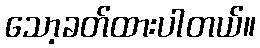
သော့ခတ်ထားပါတယ်။